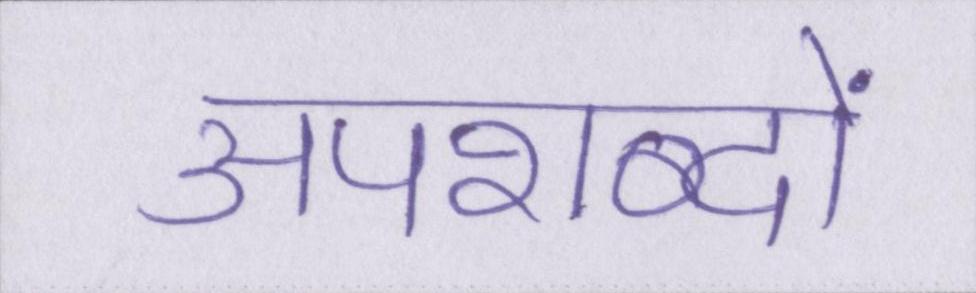
अपशब्दों